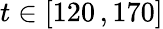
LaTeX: t\in[120\, ,170]